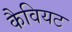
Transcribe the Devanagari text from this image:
कैवियट